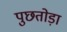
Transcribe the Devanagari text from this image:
पुछतोड़ा